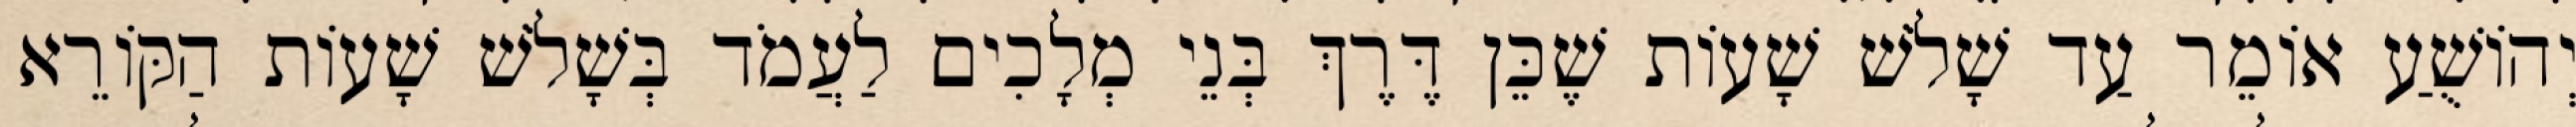
יְהוֹשֻׁעַ אוֹמֵר עַד שָׁלֹשׁ שָׁעוֹת שֶׁכֵּן דֶּרֶךְ בְּנֵי מְלָכִים לַעֲמֹד בְּשָׁלֹשׁ שָׁעוֹת הַקּוֹרֵא